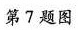
第7题图